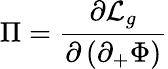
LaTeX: \Pi={\frac{\partial{\cal L}_{g}}{\partial\left(\partial_{+}\Phi\right)}}